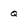
Character: Q